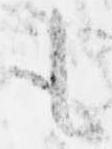
も